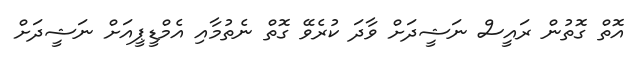
އޮތް ގޮތުން ރައީސް ނަޝީދަށް ވާދަ ކުރެވޭ ގޮތް ނެތުމާއި އެމްޑީޕީއަށް ނަޝީދަށް